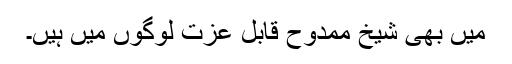
میں بھی شیخ ممدوح قابل عزت لوگوں میں ہیں۔